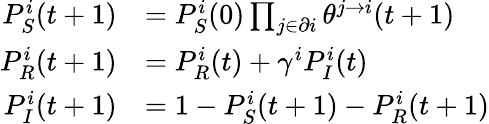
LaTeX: \begin{array}{rl}{P_{S}^{i}(t+1)}&{=P_{S}^{i}(0)\prod_{j\in\partial i}\theta^{j\to i}(t+1)}\\ {P_{R}^{i}(t+1)}&{=P_{R}^{i}(t)+\gamma^{i}P_{I}^{i}(t)}\\ {P_{I}^{i}(t+1)}&{=1-P_{S}^{i}(t+1)-P_{R}^{i}(t+1)}\end{array}